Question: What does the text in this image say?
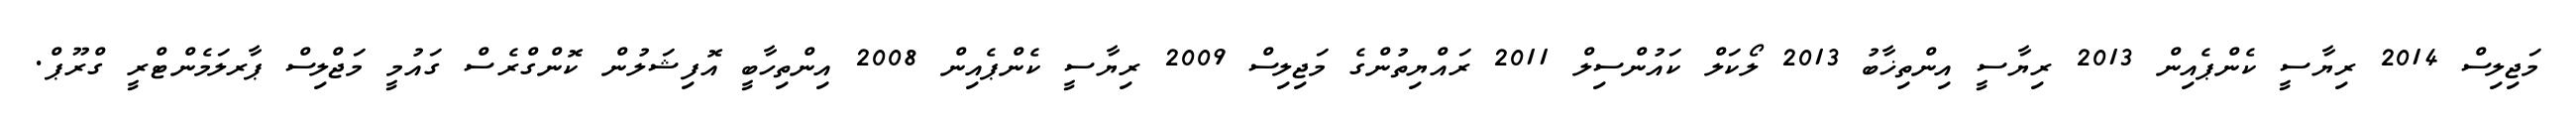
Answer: މަޖިލިސް 2014 ރިޔާސީ ކެންޕެއިން 2013 ރިޔާސީ އިންތިޚާބު 2013 ލޯކަލް ކައުންސިލް 2011 ރައްޔިތުންގެ މަޖިލިސް 2009 ރިޔާސީ ކެންޕެއިން 2008 އިންތިހާބީ އޮފިޝަލުން ކޮންގްރެސް ގައުމީ މަޖްލިސް ޕާރލަމެންޓްރީ ގްރޫޕް.